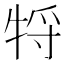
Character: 㸹